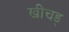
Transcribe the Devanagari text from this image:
खीचड्